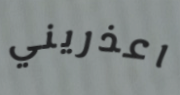
اعذريني